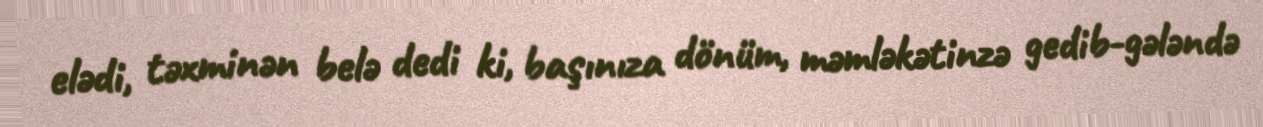
elədi, təxminən belə dedi ki, başınıza dönüm, məmləkətinzə gedib-gələndə